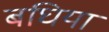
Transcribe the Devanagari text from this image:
बघिया